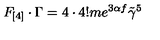
F _ { [ 4 ] } \cdot \Gamma = 4 \cdot 4 ! m e ^ { 3 \alpha f } \tilde { \gamma } ^ { 5 }